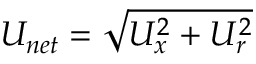
U _ { n e t } = \sqrt { U _ { x } ^ { 2 } + U _ { r } ^ { 2 } }